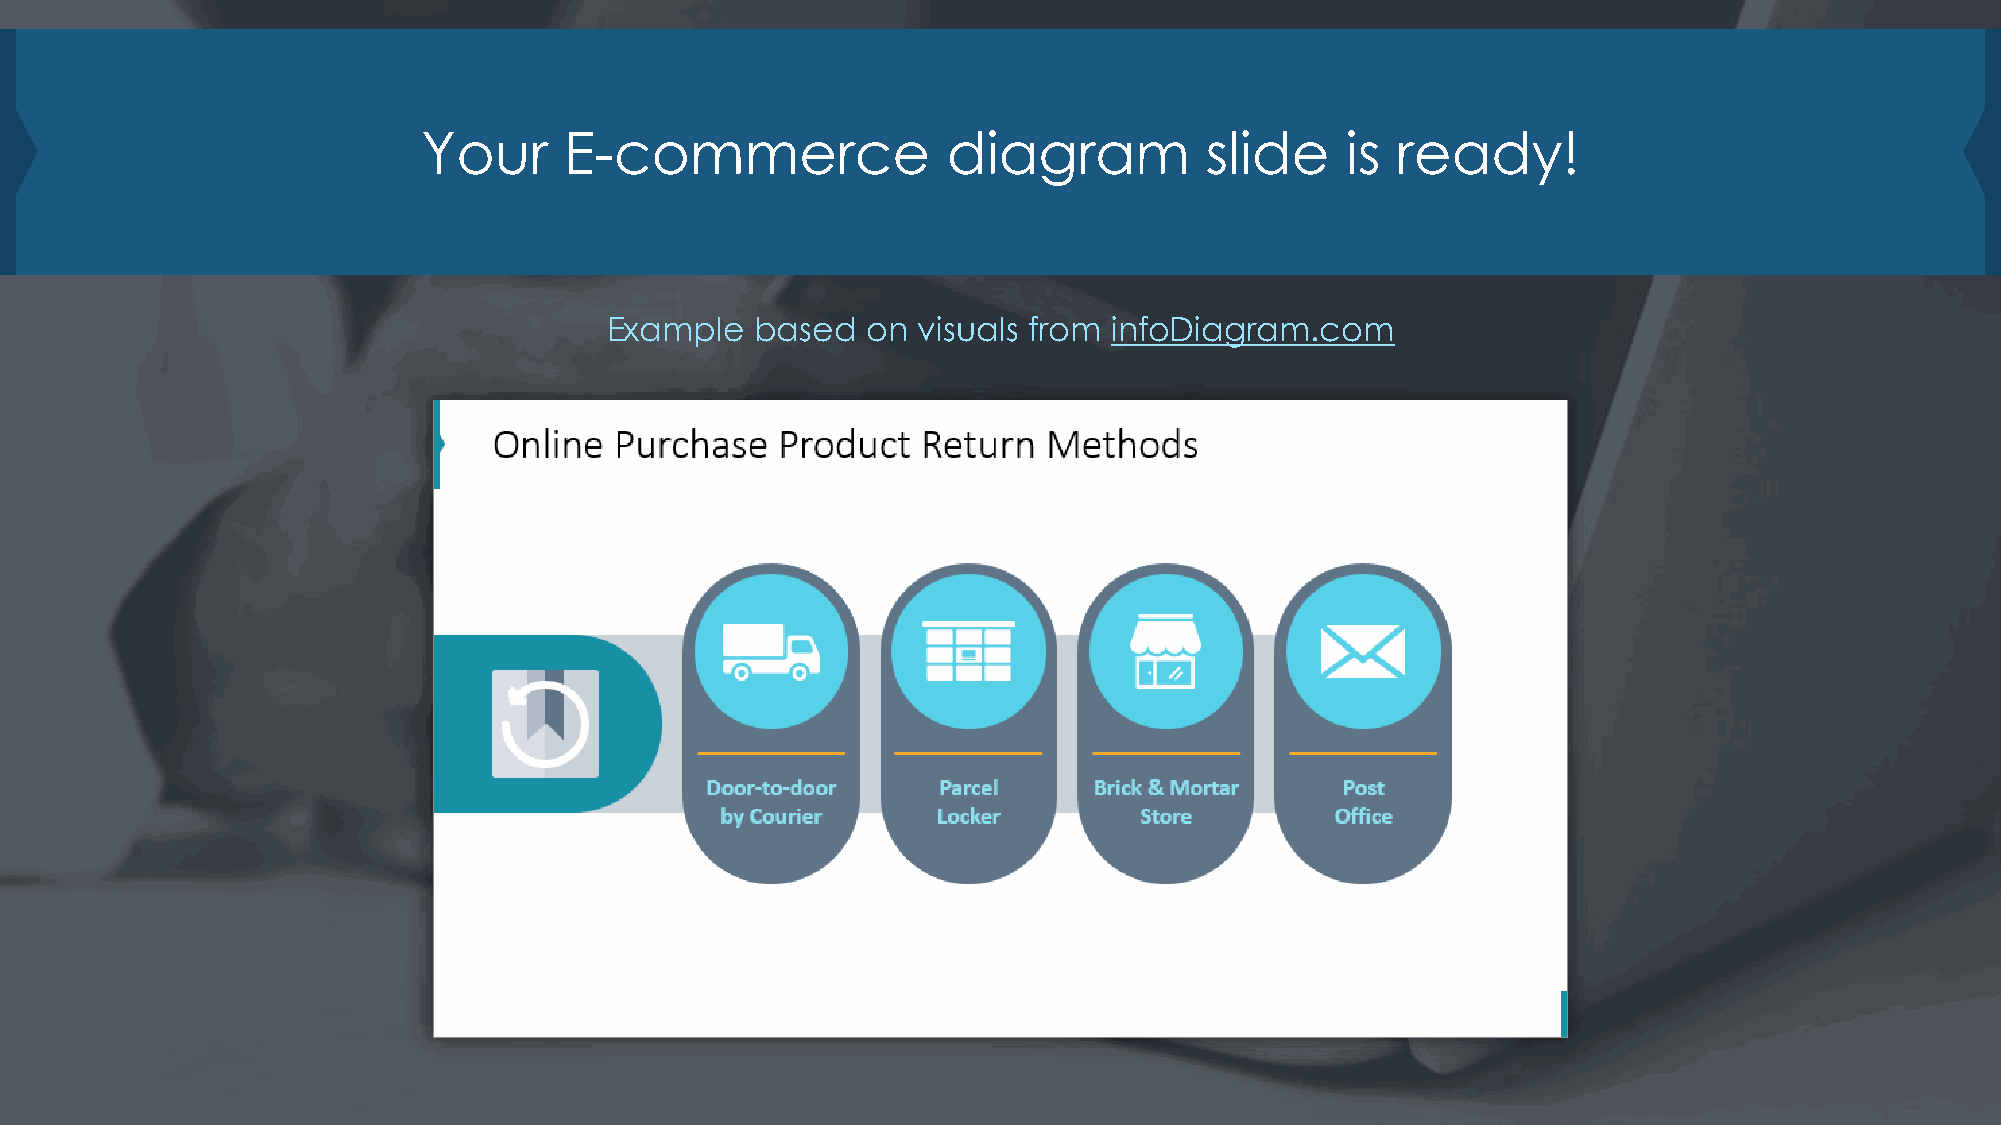
Your     E-commerce                diagram          slide    is ready!
 Example   based  on  visuals from infoDiagram.com